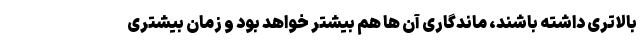
بالاتری داشته باشند، ماندگاری آن ها هم بیشتر خواهد بود و زمان بیشتری